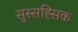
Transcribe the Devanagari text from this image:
सुस्सह्सिक